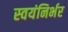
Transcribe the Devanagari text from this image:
स्‍वयंनिर्भर